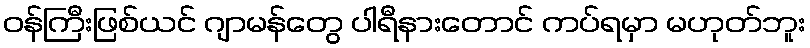
ဝန်ကြီးဖြစ်ယင် ဂျာမန်တွေ ပါရီနားတောင် ကပ်ရမှာ မဟုတ်ဘူး